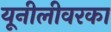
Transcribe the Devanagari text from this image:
यूनीलीवरका